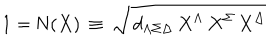
LaTeX: 1 = \mathrm { N } ( X ) \, \equiv \, \sqrt { \, d _ { \Lambda \Sigma \Delta } \, X ^ { \Lambda } \, X ^ { \Sigma } \, X ^ { \Delta } }